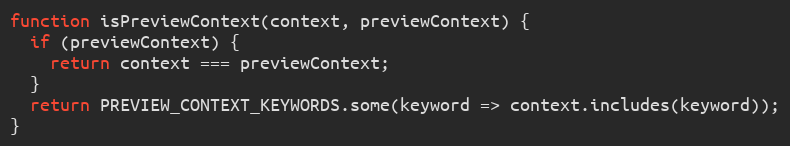
Language: JavaScript
function isPreviewContext(context, previewContext) {
  if (previewContext) {
    return context === previewContext;
  }
  return PREVIEW_CONTEXT_KEYWORDS.some(keyword => context.includes(keyword));
}